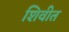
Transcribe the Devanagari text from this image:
शिवीत